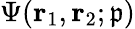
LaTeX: \Psi(\mathbf{r}_{1},\mathbf{r}_{2};\mathfrak{p})